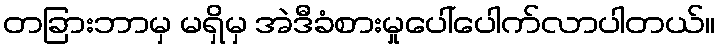
တခြားဘာမှ မရှိမှ အဲဒီခံစားမှုပေါ်ပေါက်လာပါတယ်။